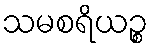
သမစရိယဉ္စ